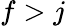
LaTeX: f>j